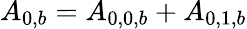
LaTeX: {A_{0,b}}={A_{0,0,b}}+{A_{0,1,b}}